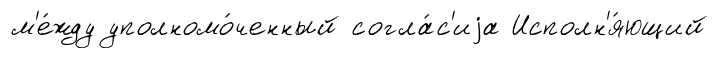
м'е́жду уполномо́ченный согла́с'иjа Исполн'я́ющий